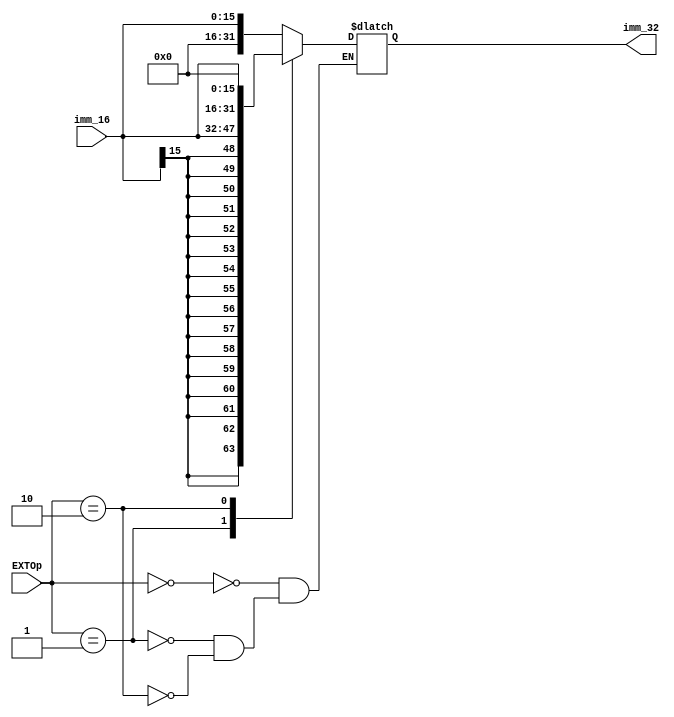
module EXT (
    input [15:0] imm_16,
    output reg [31:0] imm_32,
    input [1:0] EXTOp
);
    always @(*) begin
        case (EXTOp)
            2'b00:
            begin
                imm_32={16'b0,imm_16};
            end
            2'b01:
            begin
                imm_32={{16{imm_16[15]}},imm_16};
            end
            2'b10:
            begin   
                imm_32={imm_16,16'b0};
            end
        endcase
    end
endmodule